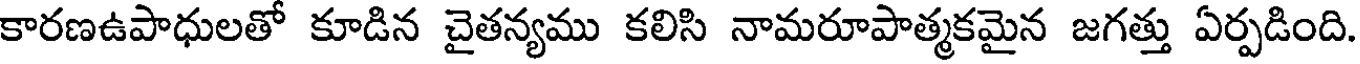
కారణఉపాధులతో కూడిన చైతన్యము కలిసి నామరూపాత్మకమైన జగత్తు ఏర్పడింది.